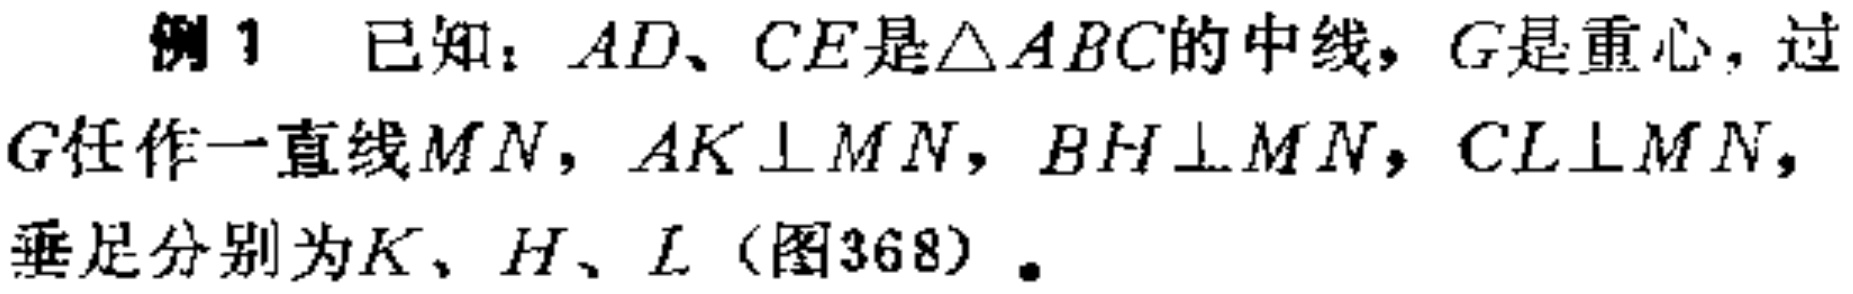
例1 已知：$AD、CE$是$\triangle ABC$的中线，$G$是重心，过$G$任作一直线$MN$，$AK\perp MN$，$BH\perp MN$，$CL\perp MN$，垂足分别为$K、H、L$（图368）.